Indian journal of veterinary science and animal husbandry - Volume 4,
Year: 1934
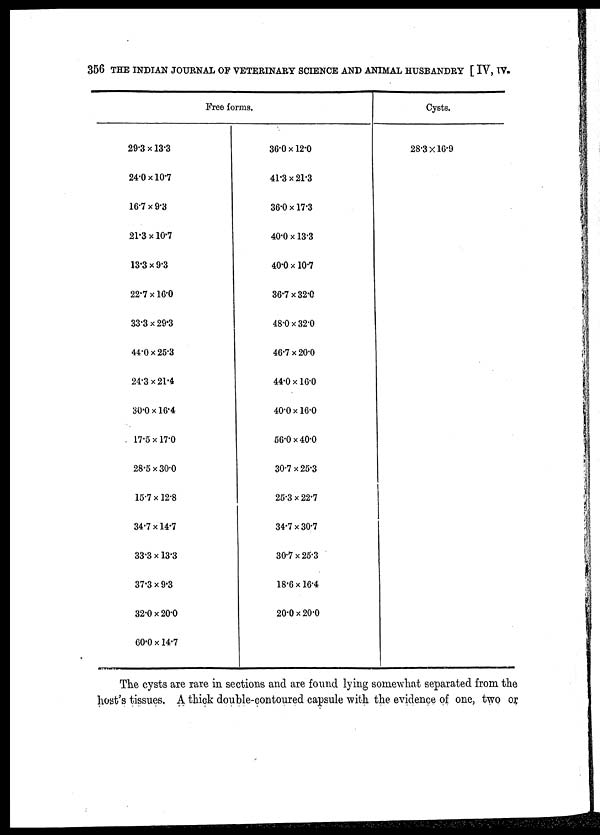
356 THE INDIAN JOURNAL OF VETERINARY SCIENCE AND ANIMAL HUSBANDRY [ IV, IV.
Free forms.
29.3 × 13.3
24.0 × 10.7
16.7 × 9.3
21.3 × 10.7
13.3 × 9.3
22.7 × 16.0
33.3 × 29.3
44.0×25.3
24.3 × 21.4
30.0 × 16.4
17.5 × 17.0
28.5×30.0
15.7 × 12.8
34.7 × 14.7
33.3 × 13.3
37.3 × 9.3
32.0×20.0
60.0 × 14.7
36.0 × 12.0
41.3×21.3
36.0 × 17.3
40.0 × 13.3
40.0 × 10.7
36.7×32.0
48.0 × 32.0
46.7×20.0
44.0 × 16.0
40.0 × 16.0
56.0 × 40.0
30.7×25.3
25.3 × 22.7
34.7 × 30.7
30.7×25.3
18.6 × 16.4
20.0×20.0
Cysts.
28.3×16.9
The cysts are rare in sections and are found lying somewhat separated from the
host's tissues. A thick double.contoured capsule with the evidence of one, two or